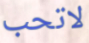
لاتحب